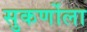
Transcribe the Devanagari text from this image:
सुकर्णोला